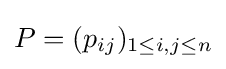
P=(p_{ij})_{1\leq i,j\leq n}